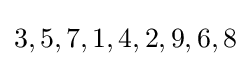
3,5,7,1,4,2,9,6,8